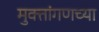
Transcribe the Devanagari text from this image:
मुक्तांगणच्या